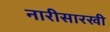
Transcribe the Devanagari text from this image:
नारीसारखी